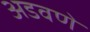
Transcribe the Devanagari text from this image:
अडवणे